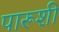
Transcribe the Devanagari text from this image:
पारूशी